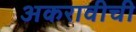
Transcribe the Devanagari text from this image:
अकरावीची